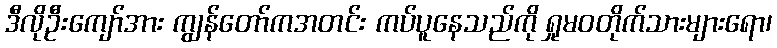
ဒီလိုဦးကျော်အား ကျွန်တော်ကအတင်း ကပ်ပူနေသည်ကို ရှုမဝတိုက်သားများရော၊